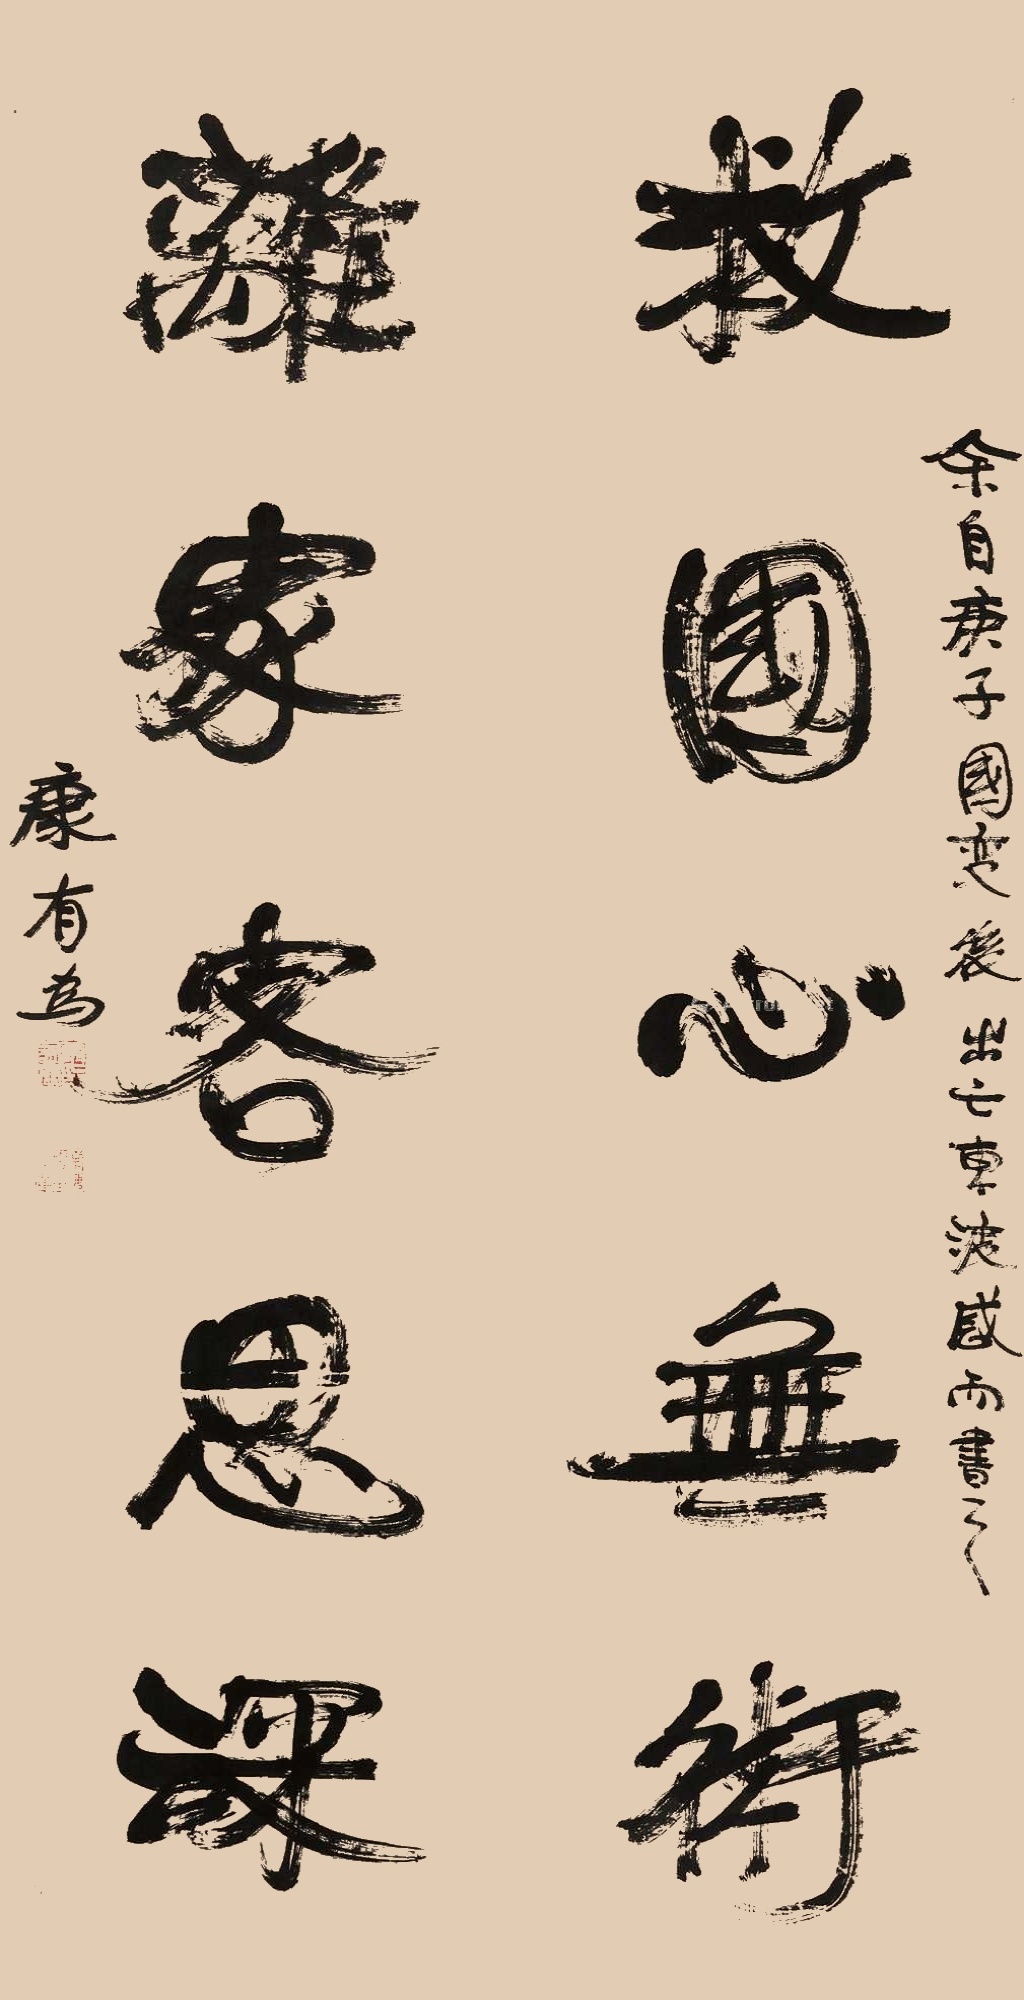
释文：救国心无术，离家客思深。余自庚子国变后，出亡东渡感而书之，康有为。